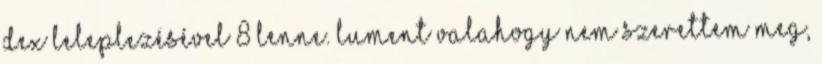
dex leleplezésével 8 lenne. lument valahogy nem szerettem meg,